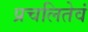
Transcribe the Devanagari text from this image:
प्रचलितेवं